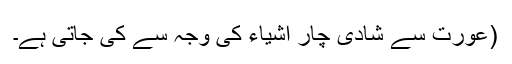
(عورت سے شادی چار اشیاء کی وجہ سے کی جاتی ہے۔